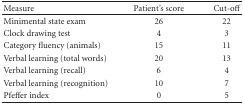
| Measure | Patient's score | Cut-off |
 | --- | --- | --- |
 | Minimental state exam | 26 | 22 |
 | Clock drawing test | 4 | 3 |
 | Category fluency (animals) | 15 | 11 |
 | Verbal learning (total words) | 20 | 13 |
 | Verbal learning (recall) | 6 | 4 |
 | Verbal learning (recognition) | 10 | 7 |
 | Pfeffer index | 0 | 5 |